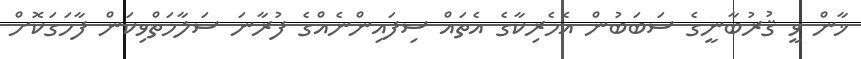
ޚާން ވީ ޤުރުބާނީގެ ސަބަބުން އެމެރިކާގެ އެތައް ސިފައިންނެއްގެ ފުރާނަ ސަލާމަތްވިކަން ފާހަގަކޮށް